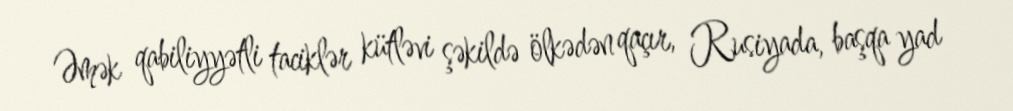
Əmək qabiliyyətli taciklər kütləvi şəkildə ölkədən qaçır, Rusiyada, başqa yad